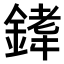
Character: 𫒰